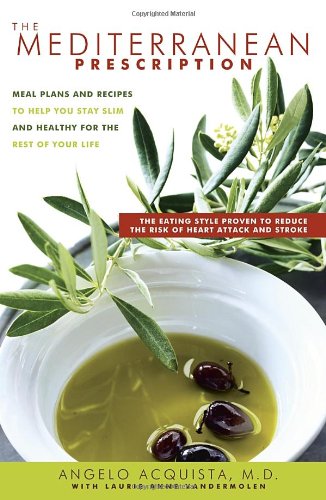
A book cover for The Mediterranean Prescription: Meal Plans and Recipes to Help You Stay Slim and Healthy for the Rest of Your Life; Cookbooks, Food & Wine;